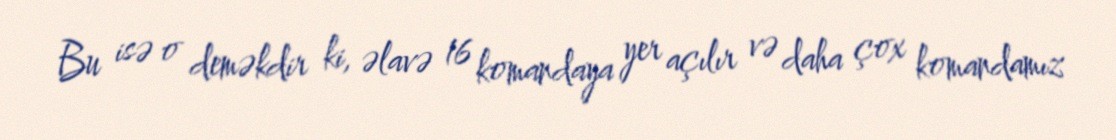
Bu isə o deməkdir ki, əlavə 16 komandaya yer açılır və daha çox komandamız